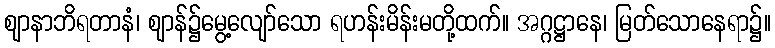
ဈာနာဘိရတာနံ၊ ဈာန်၌မွေ့လျော်သော ရဟန်းမိန်းမတို့ထက်။ အဂ္ဂဋ္ဌာနေ၊ မြတ်သောနေရာ၌။